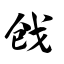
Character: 戗